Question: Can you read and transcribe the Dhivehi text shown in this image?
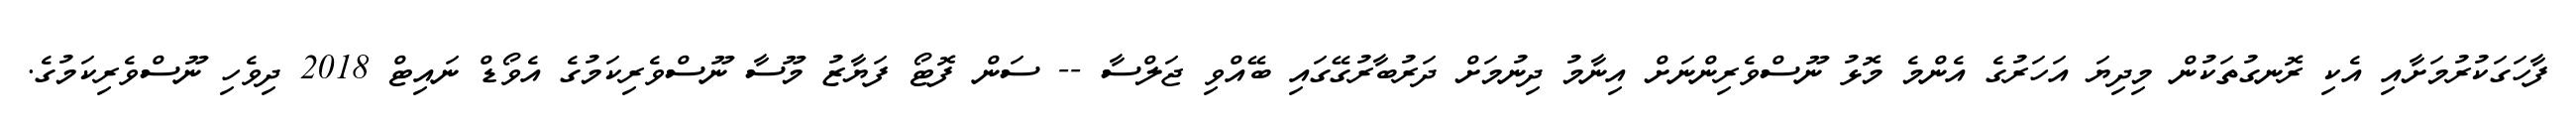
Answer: ފާހަގަކުރުމަށާއި އެކި ރޮނގުތަކުން މިދިޔަ އަހަރުގެ އެންމެ މޮޅު ނޫސްވެރިންނަށް އިނާމު ދިނުމަށް ދަރުބާރުގޭގައި ބޭއްވި ޖަލްސާ -- ސަން ފޮޓޯ ފަޔާޒު މޫސާ ނޫސްވެރިކަމުގެ އެވޯޑް ނައިޓް 2018 ދިވެހި ނޫސްވެރިކަމުގެ.